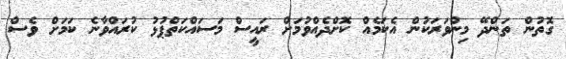
ގޮތުން ތަންދޭ މިންވަރަކުން އެކަމެއް ކޮށްދެއްވުމަށް ރައީސް މަސައްކަތްޕުޅު ކުރައްވާނެ ކަމަށް ވެސް